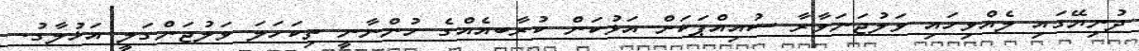
ދުނިޔޭގައި ލެއްވިހައި ވަލުޖަނަވާރާ ސުއިއްޕަކަށް އަޅުކަން ކުރާބއެއްގެ ހުންނާނީ ތިކަހަލަ ވަލުޖަންގަލީ އަޚުލާގު.